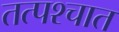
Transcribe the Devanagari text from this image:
तत्‍पश्‍चात